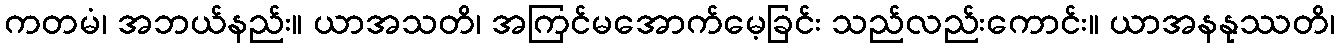
ကတမံ၊ အဘယ်နည်း။ ယာအသတိ၊ အကြင်မအောက်မေ့ခြင်း သည်လည်းကောင်း။ ယာအနနုဿတိ၊